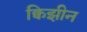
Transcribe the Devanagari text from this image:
क्विझीन